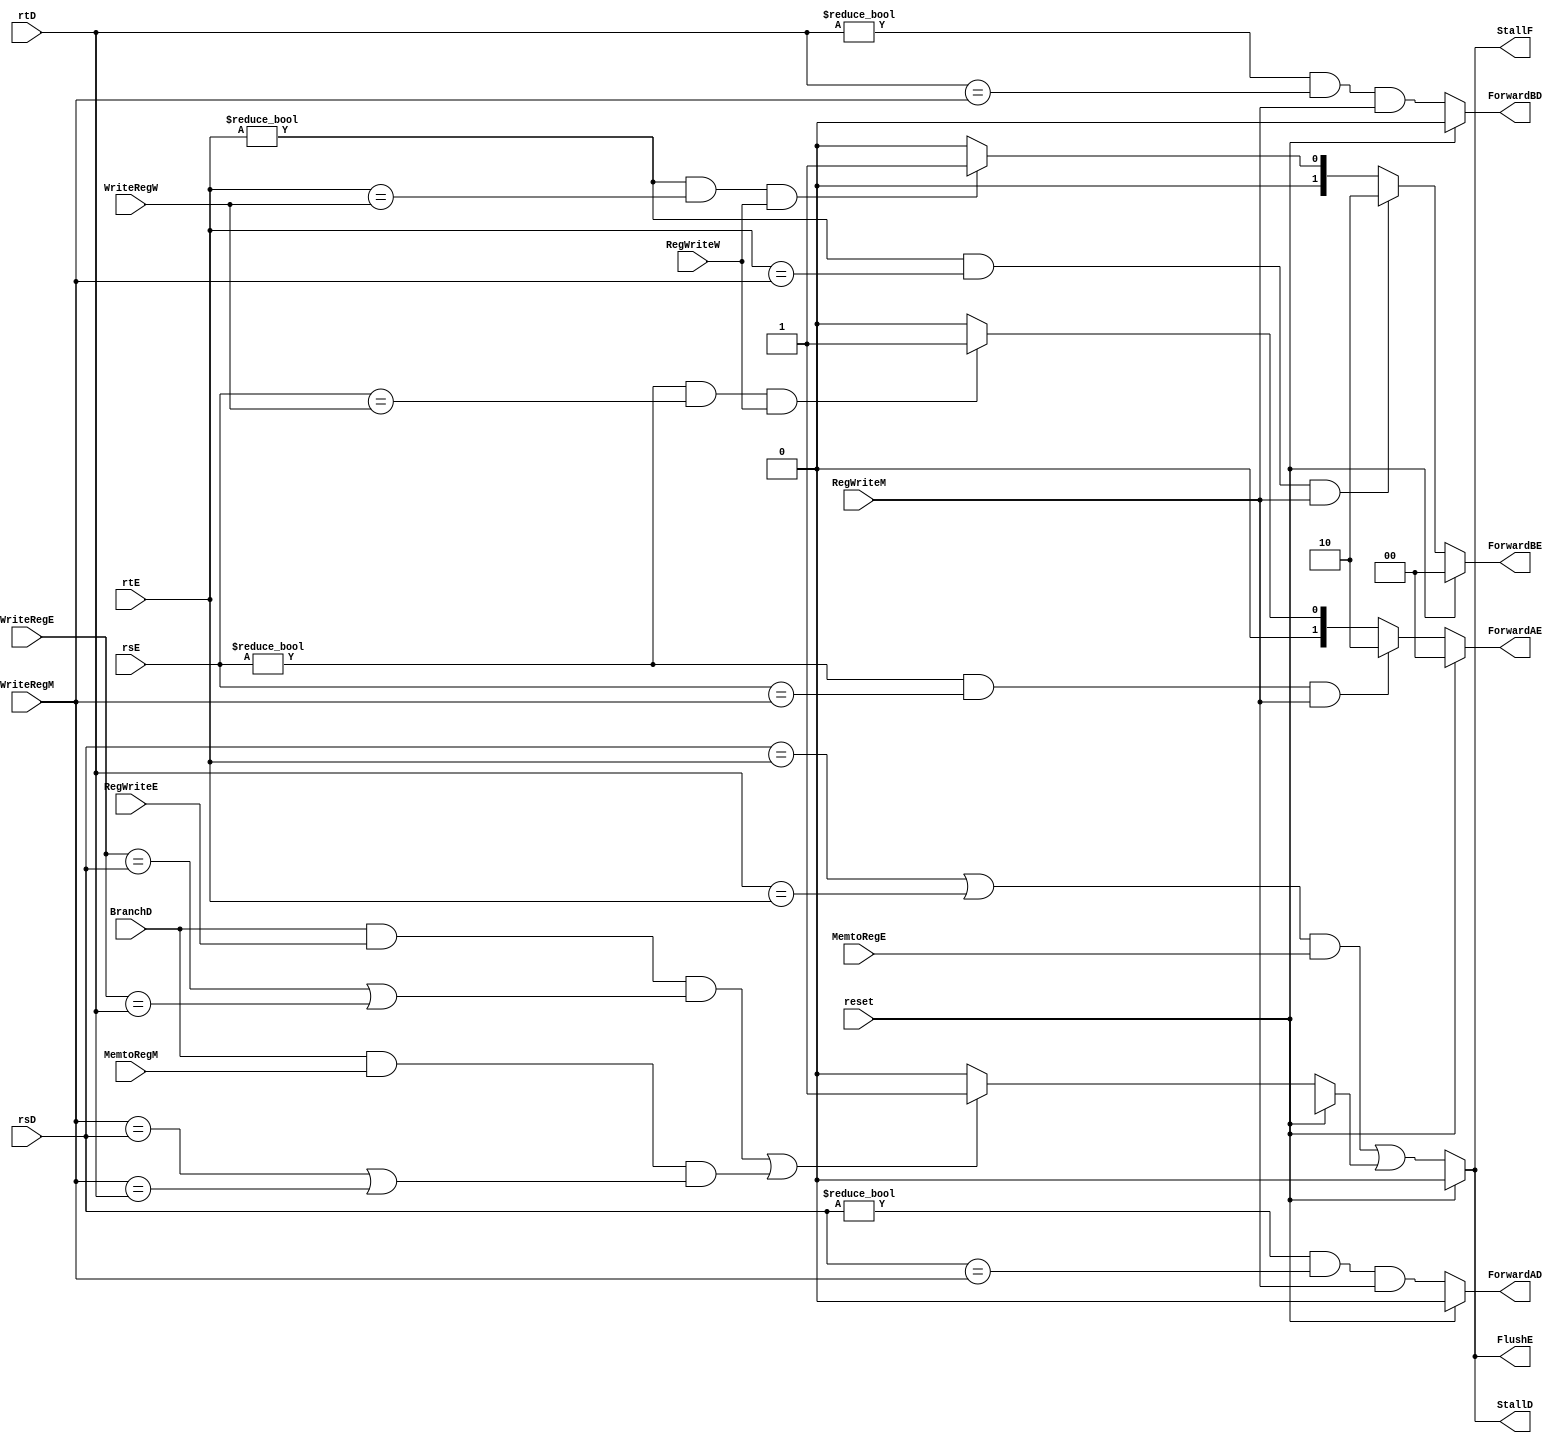
module Hzard_unit(reset,rsE,rtE,WriteRegM,WriteRegW,RegWriteM,RegWriteW,ForwardAE,ForwardBE,rsD,rtD,MemtoRegE,
                  StallF,StallD,FlushE,ForwardAD,ForwardBD,BranchD,RegWriteE,WriteRegE,MemtoRegM);

//forwading data hazared
input reset;
input [4:0]rsE,rtE;
input [4:0]WriteRegM,WriteRegW,WriteRegE;
input RegWriteM,RegWriteW,RegWriteE;
output reg [1:0]ForwardAE,ForwardBE;
output reg ForwardAD,ForwardBD;
//forwading data hazared with stall
input [4:0]rsD,rtD;
input MemtoRegE,MemtoRegM,BranchD;
output reg StallF,StallD,FlushE;

reg lwstall,branchstall;

always@(*)begin
if(reset)
begin
ForwardAE=0;
ForwardBE=0;
ForwardAD=0;
ForwardBD=0;
StallF=0;
StallD=0;
FlushE=0;
branchstall=0;
end 
else 
begin
if  ( (rsE != 0) & (rsE == WriteRegM)& RegWriteM )  
ForwardAE = 2'b10;
else if ( (rsE != 0) & (rsE == WriteRegW) & RegWriteW)
ForwardAE = 2'b01;
else
 ForwardAE = 2'b00;

if  (((rtE != 0) & (rtE == WriteRegM) & RegWriteM)) 
ForwardBE = 2'b10;
else if ( ((rtE != 0) & (rtE == WriteRegW) & RegWriteW) )
ForwardBE = 2'b01;
else
 ForwardBE = 2'b00;
 
 ForwardAD = ((rsD!=0)&(rsD==WriteRegM)&(RegWriteM));
 
 ForwardBD =((rtD!=0)&(rtD==WriteRegM)&(RegWriteM));
  
if((BranchD && RegWriteE && (WriteRegE==rsD || WriteRegE==rtD))||(BranchD && MemtoRegM && (WriteRegM==rsD || WriteRegM==rtD)))
   branchstall = 1'b1;
else   branchstall=  1'b0;


lwstall = ((rsD == rtE) | (rtD == rtE)) & MemtoRegE;
StallF  = lwstall || branchstall ;
StallD  = lwstall || branchstall ;
FlushE  = lwstall || branchstall ;
end
end
endmodule